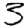
Digit: 3